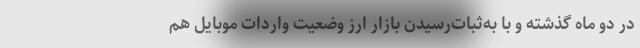
در دو ماه گذشته و با به‌ثبات‌رسیدن بازار ارز وضعیت واردات موبایل هم